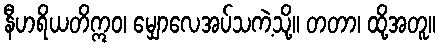
နီဟရိယတိဣဝ၊ မျှောလေအပ်သကဲ့သို့။ တတာ၊ ထို့အတူ။